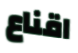
اقناع